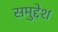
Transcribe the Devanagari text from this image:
समुद्देश